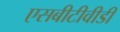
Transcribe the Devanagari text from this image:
एसबीटीवीडी